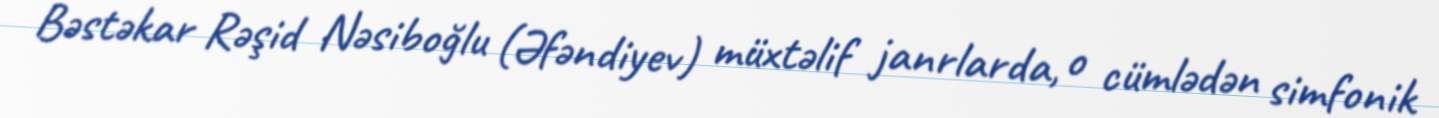
Bəstəkar Rəşid Nəsiboğlu (Əfəndiyev) müxtəlif janrlarda, o cümlədən simfonik